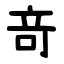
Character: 竒